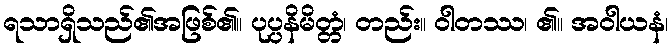
ရသာရှိသည်၏အဖြစ်၏။ ပုပ္ပနိမိတ္တံ၊ တည်း။ ဝါတဿ၊ ၏။ အဝါယနံ၊